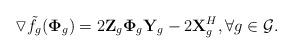
LaTeX: \begin{align*} \triangledown \tilde{f}_g(\mathbf{\Phi}_{g}) = 2\mathbf{Z}_{g}\mathbf{\Phi}_{g}\mathbf{Y}_{g} - 2\mathbf{X}_{g}^H, \forall g \in \mathcal{G}.\end{align*}